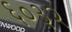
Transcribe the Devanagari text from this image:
६०३२